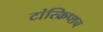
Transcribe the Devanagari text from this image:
टांस्क्रिप्शन